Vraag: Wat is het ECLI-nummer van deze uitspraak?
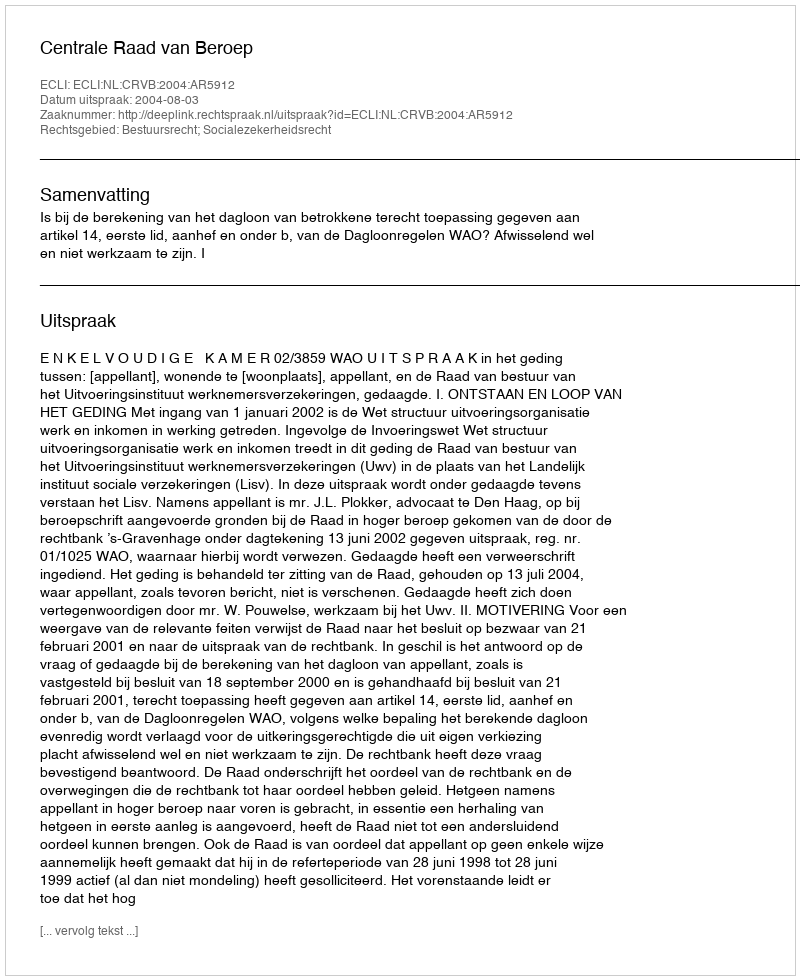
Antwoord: ECLI:NL:CRVB:2004:AR5912